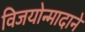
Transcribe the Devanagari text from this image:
विजयोन्मादाने